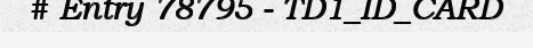
# Entry 78795 - TD1_ID_CARD